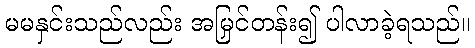
မမနှင်းသည်လည်း အမြှင်တန်း၍ ပါလာခဲ့ရသည်။